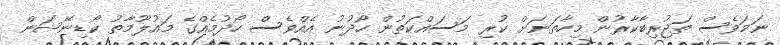
ނަމަވެސް ތަޖުރިބާކާރުން މިހާތަނަށް ކުރި މަސައްކަތުން ހޯދުނު އެއްވެސް ހޯދުމެއްގެ މައުލޫމާތު ކޯޑިނޭޝަން